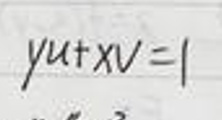
$yu + xv = 1$